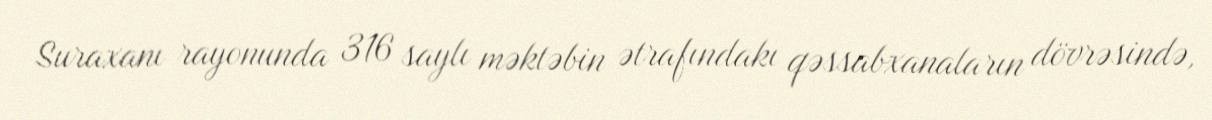
Suraxanı rayonunda 316 saylı məktəbin ətrafındakı qəssabxanaların dövrəsində,